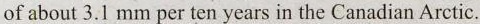
of about 3.1 mm per ten years in the Canadian Arctic.